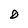
Character: D